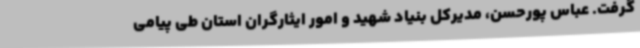
گرفت. عباس پورحسن، مدیرکل بنیاد شهید و امور ایثارگران استان طی پیامی